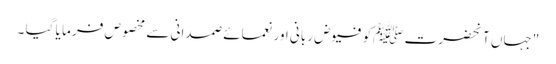
"جہاں آنحضرت ﷺکو فیوض ربانی اور نعمائے صمدانی سے مخصوص فر ما یا گیا ۔